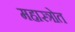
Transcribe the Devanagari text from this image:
महास्त्रोत